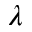
\lambda